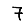
Digit: 7